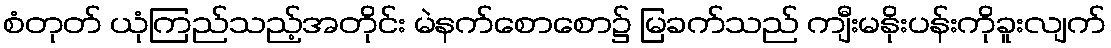
စံတုတ် ယုံကြည်သည့်အတိုင်း မဲနက်စောစော၌ မြခက်သည် ကျီးမနိုးပန်းကိုခူးလျက်